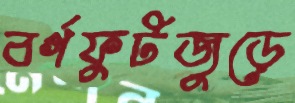
বর্গফুটজুড়ে